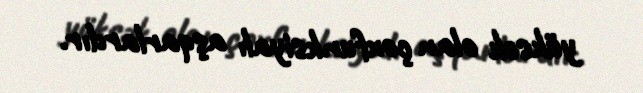
yüksək olan çoxfunksiyalı aşqarlardır.